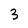
Character: 3